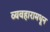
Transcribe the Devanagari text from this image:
व्यवहारामधून